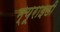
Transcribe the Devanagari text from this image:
म्यूराइडी